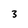
Character: 3